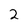
Character: 2